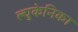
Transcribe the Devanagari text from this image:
ल्युकेनिका